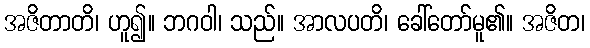
အဇိတာတိ၊ ဟူ၍။ ဘဂဝါ၊ သည်။ အာလပတိ၊ ခေါ်တော်မူ၏။ အဇိတ၊